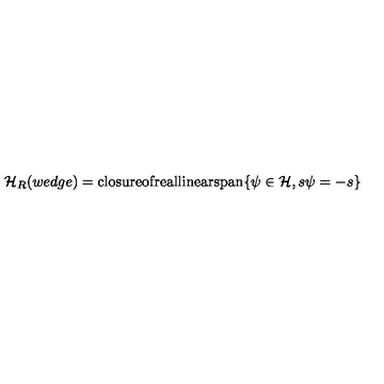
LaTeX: { \cal H } _ { R } ( w e d g e ) = \mathrm { c l o s u r e o f r e a l l i n e a r s p a n } \{ \psi \in { \cal H } , s \psi = - s \}